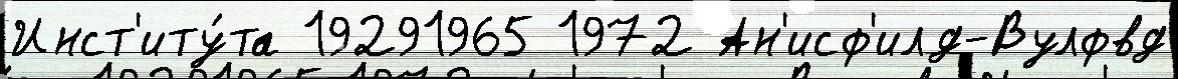
Инст'иту́та 19291965 1972 Ан'исф'илд-Вулфвд